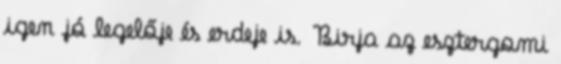
igen jó legelője és erdeje is. Birja az esztergomi